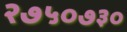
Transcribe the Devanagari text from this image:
२७५०७३०